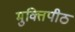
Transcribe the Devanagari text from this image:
मुक्तिपीठ